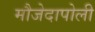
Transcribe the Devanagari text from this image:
मौजेदापोली